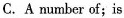
C. A number of;is